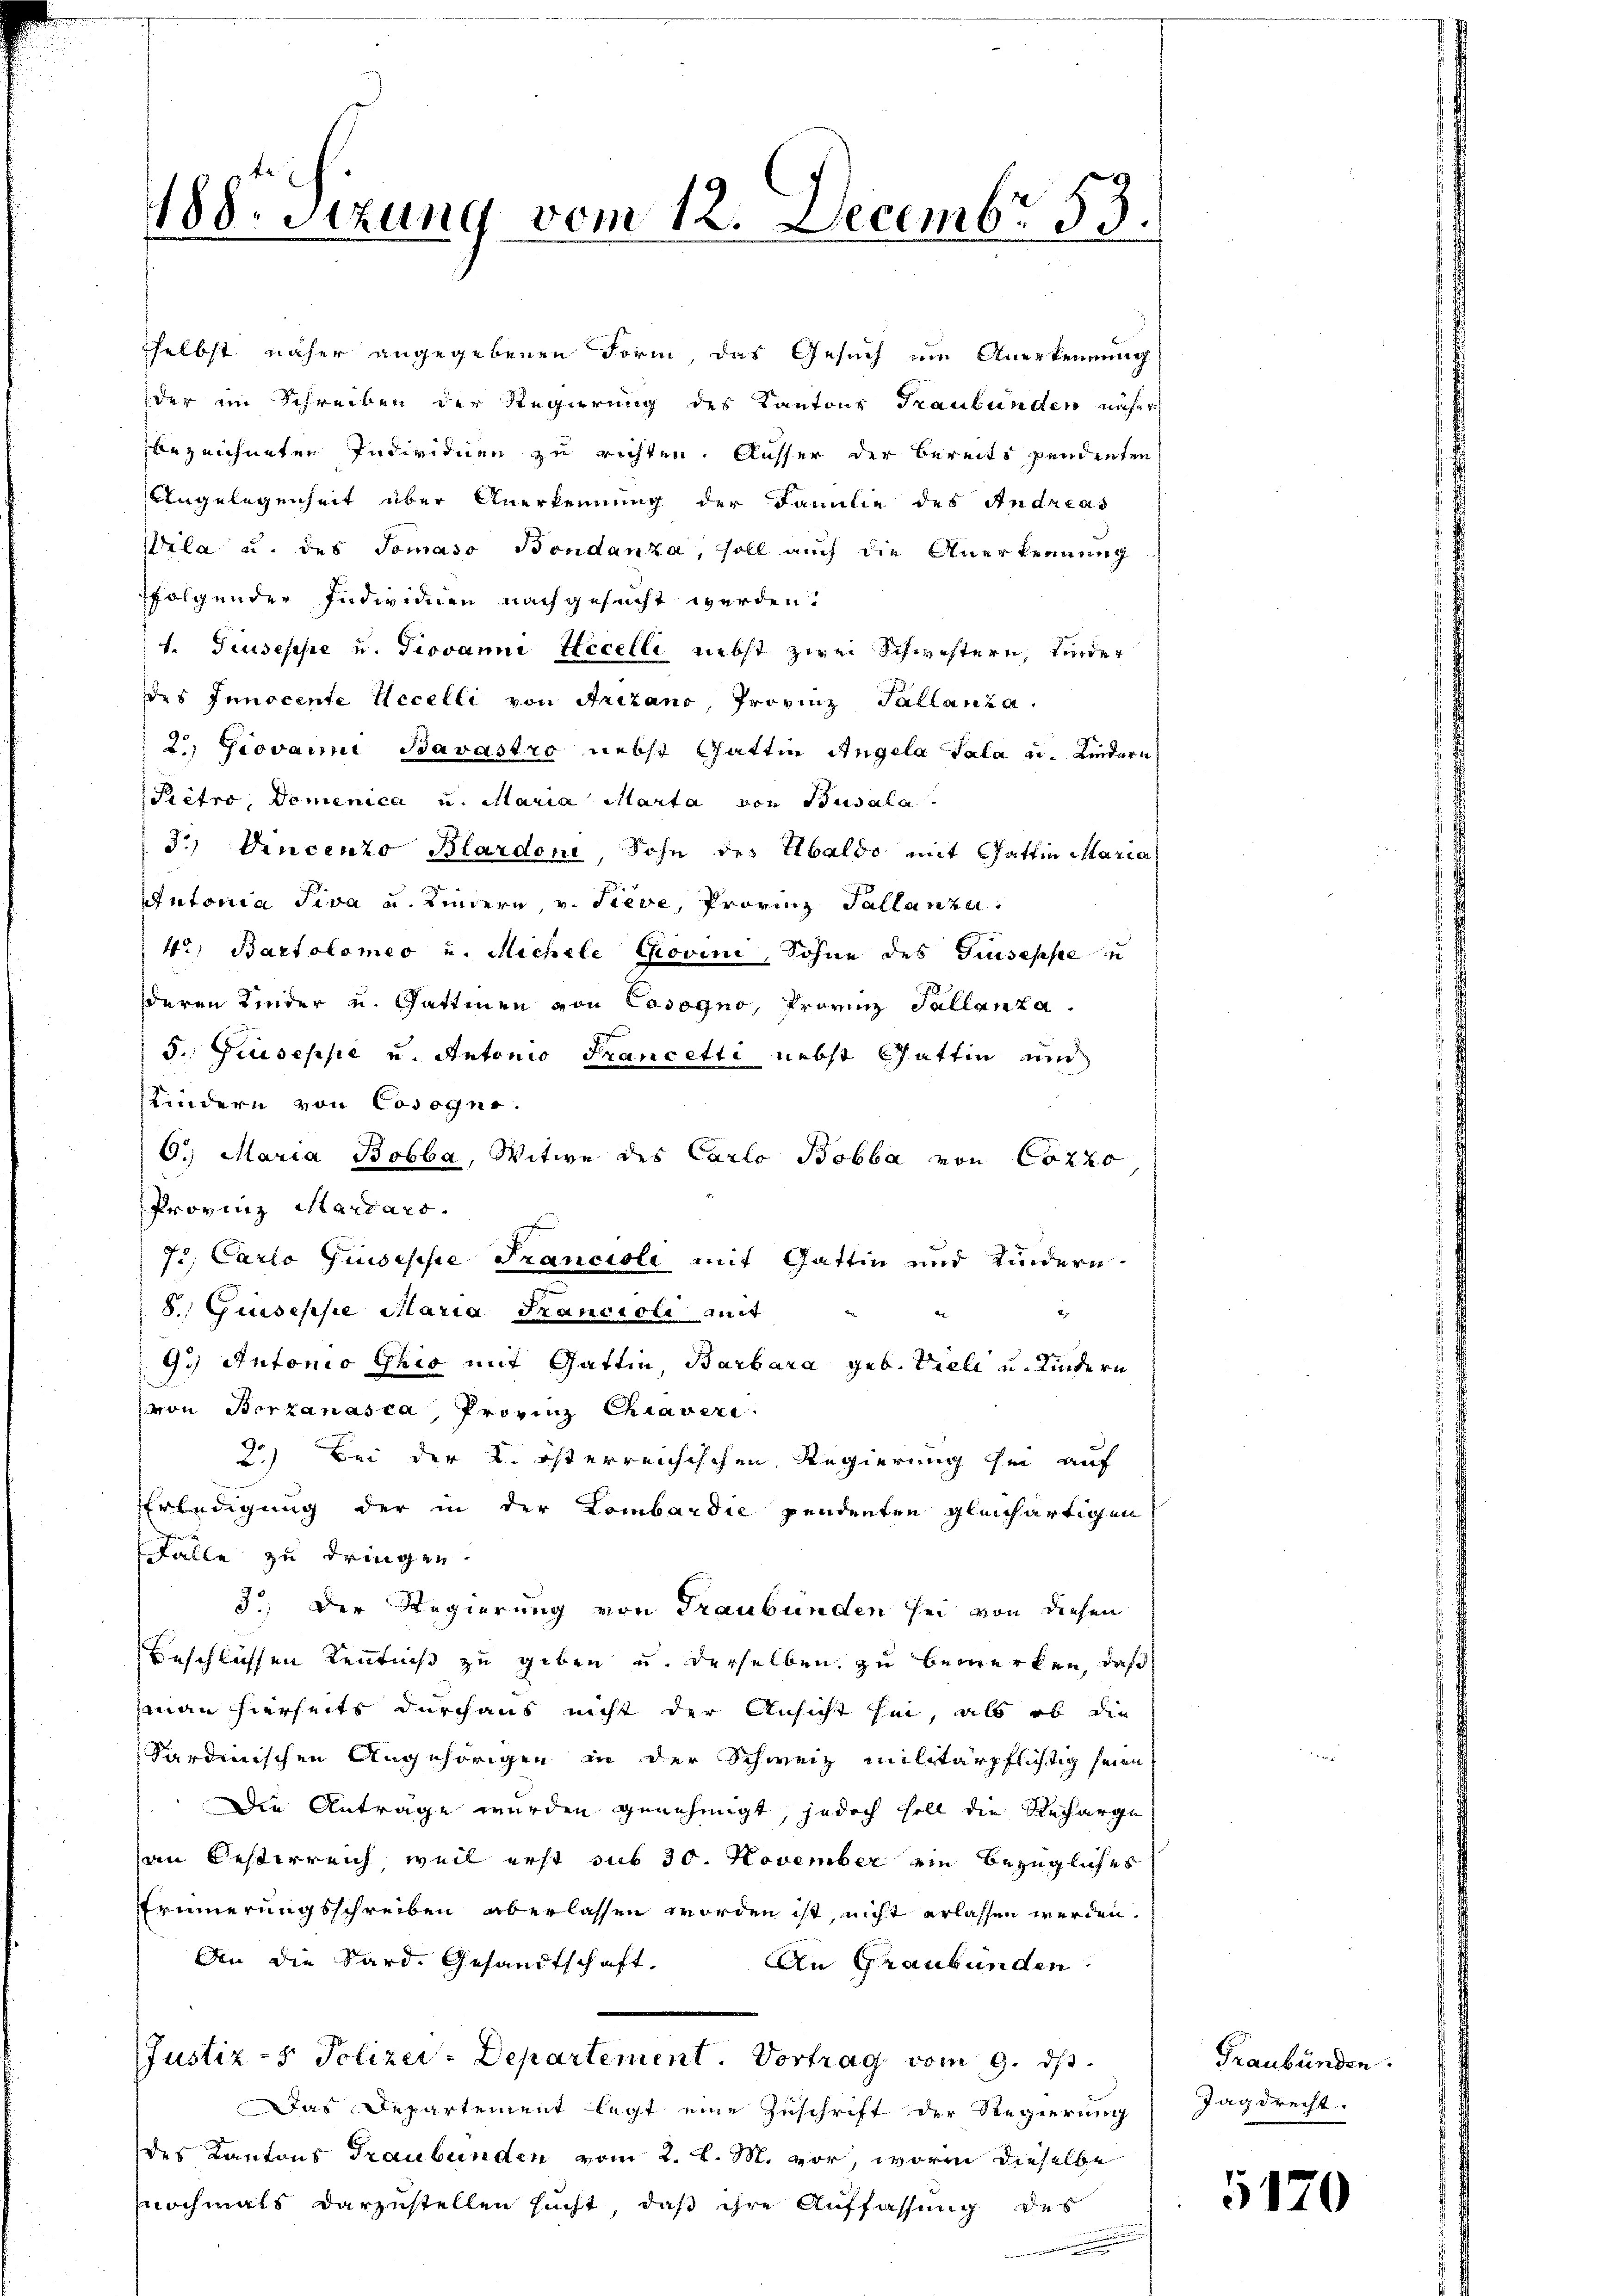
188. Sitzung vom 12. Decembr 53.

sselbst näher angegebenen Form das Gesuch ein Anerkennung
der im Schreiben der Regierung des Kantons Graubünden näher
bezeichneten Individuen zu richten. Ausser der bereits pendenten
Angelegenheit über Anerkennung der Familie des Andreas
Wila u. des Tomaso Bondanza, soll auch die Anerkennung
folgender Individien nachgesucht werden.
1. Giuseppe u. Giovanni Accelli nebst zwei Schwestern, Kinder
des Innocente Accelli von Aritano, Provinz Tallanza.
2.) Giovanni Bavastro nebst Gattin Angela Sala u. Kindern
Prétro, Domenica u. Maria Marta von Busala
3) Vincenzo Blardon Sohn des baldo mit Gattin Maria
Antonia Piva u. Kindern v. Tieve, Provinz Tallanze.
 4, Bartolomeo u. Michele Grovini, Sohne des Giuseppe in
deren Kinder u. Gattinen von Cosogno, Provinz Tallanza.
5., Giuseppe u. Antonio Francetti nebst Gattin und
Kindern von Cosognr.
6. Maria Bobba, Witwe des Carlo Bobba von Cozzo,
Provinz Hardars.
7., Carlo Giuseppe Francioli mit Gattin und Kindern.
8.) Giuseppe Maria Francioli mit
9.) Antonio prio mit Gattin Barbara geb. Vieli u. Kindern
von Borzanasca, Provinz Chiaveri
2) Bei der K. österreichischen Regierung hin auf
Erledigung der in der Lombardie pendenten gleichartigen
Falle zu dringen.
3t. Der Regierung von Graubünden sei von diesen
Beschliessen Kenntniß zu geben u. derselben zu bemerken, daß
man hierseits durchaus nicht der Ansicht sei, als ob die
Kardinischen Angehörigen in der Schweiz militärpflichtig seien
Die Anträge wurden genehmigt, jedoch soll die Reparge
an Oesterreich weil erst sub 30. November ein bezügliches
Erinnerungsschreiben aberlassen worden ist, nicht erlassen werden.
Aen die Sard. Gesandtschaft,
An Graubünden
JJustiz- & Polizei-Departement. Vortrag vom 9. ds.
Das Departement legt eine Zuschrift der Regierung
des Kantons Graubünden vom 2. l. M. vor, worin dieselbe
nochmals darzustellen sucht, daß ihre Auffassung des

Graubünden.
Jagdrecht.

5170